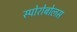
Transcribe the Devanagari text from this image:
स्पोरोबोलस